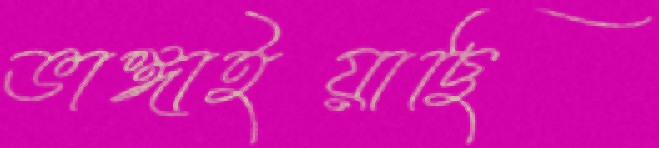
ভাঙ্গাইয়াছি